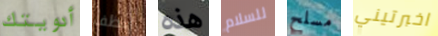
أدويتك أنظف هذه للسلام مسلح اخبرتيني